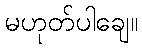
မဟုတ်ပါချေ။